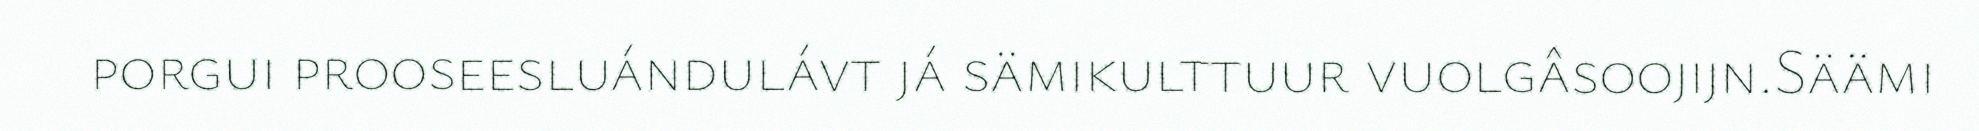
porgui prooseesluándulávt já sämikulttuur vuolgâsoojijn.Säämi